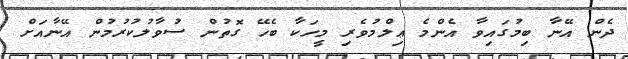
ދެން އޭނާ ބިމުގައިވާ އެންމެ ޢިލްމުވެރި މީހަކާ ބެހޭ ގޮތުން ސުވާލުކުރުމުން އޭނާއަށް